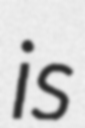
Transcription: is